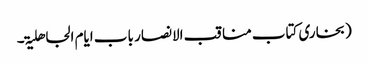
(بخاری کتاب مناقب الانصار باب ایام الجاھلیۃ۔